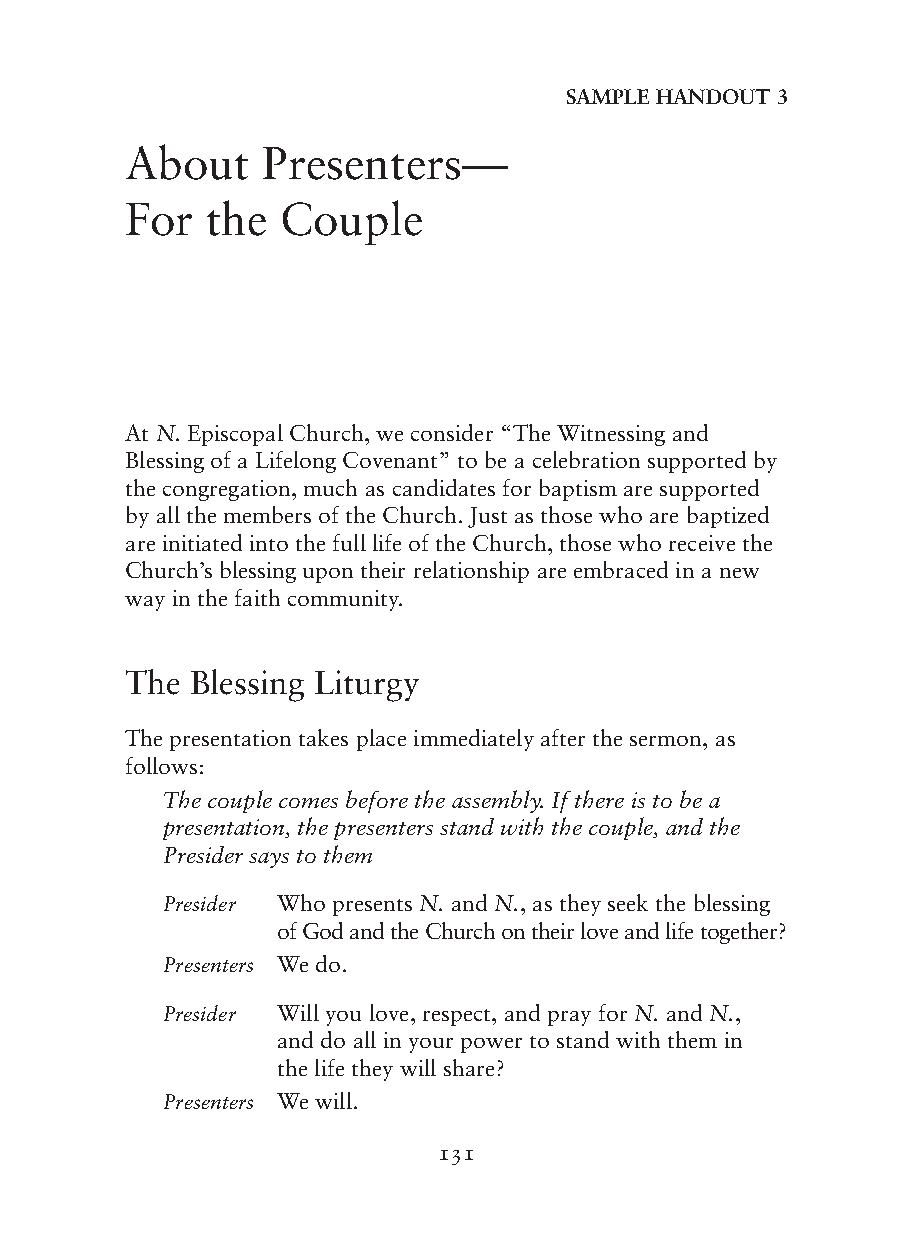
SAMPLE HAnDOUT 3
 About    Presenters—
 For   the  Couple
 At N. Episcopal Church, we consider “The Witnessing and
 Blessing of a Lifelong Covenant” to be a celebration supported by
 the congregation, much as candidates for baptism are supported
 by all the members of the Church. Just as those who are baptized
 are initiated into the full life of the Church, those who receive the
 Church’s blessing upon their relationship are embraced in a new
 way in the faith community.
 The  Blessing Liturgy
 The presentation takes place immediately after the sermon, as
 follows:
 The couple comes before the assembly. If there is to be a
 presentation, the presenters stand with the couple, and the
 Presider says to them
 Presider Who presents N. and N., as they seek the blessing
 of God and the Church on their love and life together?
 Presenters We do.
 Presider Will you love, respect, and pray for N. and N.,
 and do all in your power to stand with them in
 the life they will share?
 Presenters We will.
 131